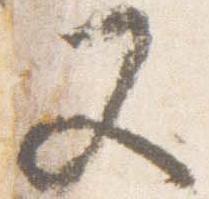
又